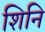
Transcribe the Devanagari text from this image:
शिनि